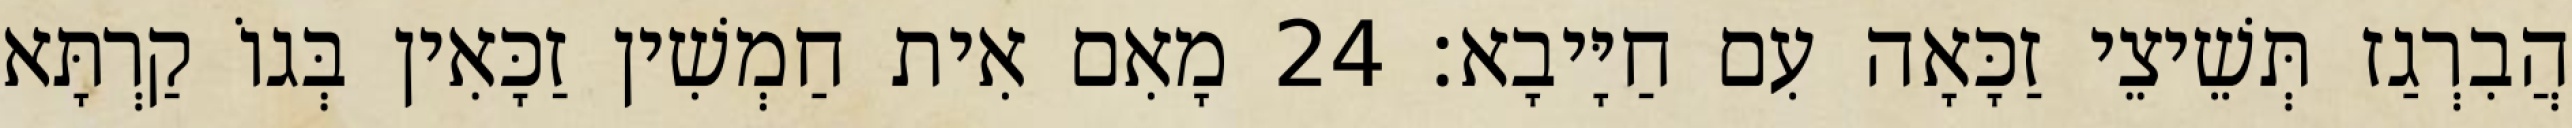
הֲבִרְגַז תְּשֵׁיצֵי זַכָּאָה עִם חַיָּיבָא׃ 24 מָאִם אִית חַמְשִׁין זַכָּאִין בְּגוֹ קַרְתָּא